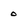
Character: 0